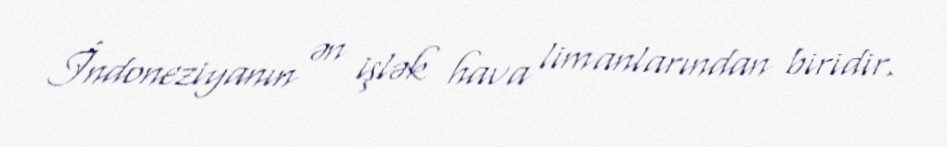
İndoneziyanın ən işlək hava limanlarından biridir.